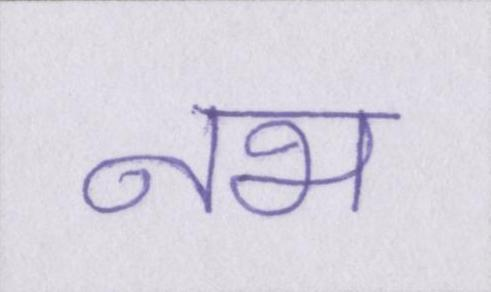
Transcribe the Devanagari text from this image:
नभ